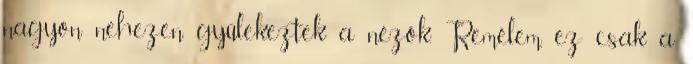
nagyon nehezen gyülekeztek a nézők. Remélem, ez csak a